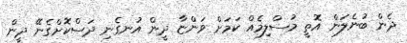
ދެން ބުނެލަން އޮތީ މުސްލިމެއް ކަމަށް ވަންޏާ ދީން އުނގެނި ދަސްކޮށްގެނޭ ދީން